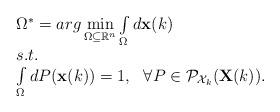
LaTeX: \begin{align*} \begin{array}{l}\Omega^*=arg\min\limits_{\Omega \subseteq \mathbb{R}^n} \int\limits_{\Omega} d\mathbf{x}(k) \\s.t.\\ \int\limits_{\Omega} dP(\mathbf{x}(k))= 1, \ \ \forall P\in \mathcal{P}_{\mathcal{X}_k}(\mathbf{X}(k)).\\\end{array} \end{align*}